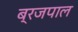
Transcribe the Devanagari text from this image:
ब्रजपाल